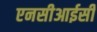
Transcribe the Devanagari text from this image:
एनसीआईसी